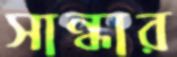
সান্ধার